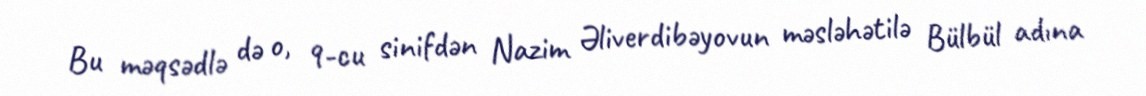
Bu məqsədlə də o, 9-cu sinifdən Nazim Əliverdibəyovun məsləhətilə Bülbül adına